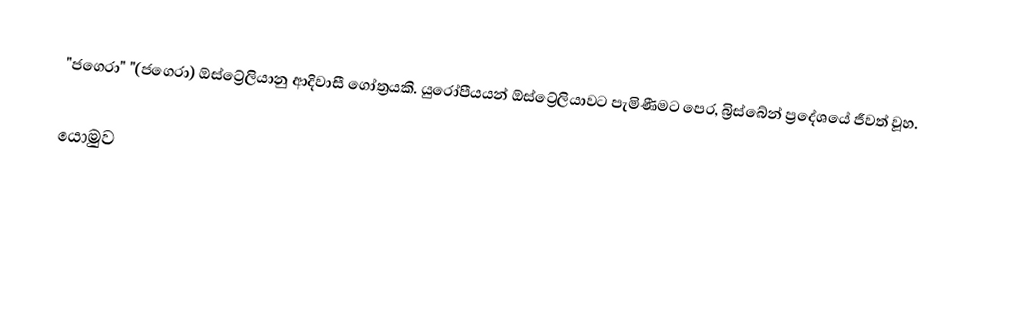
"ජගෙරා" "(ජගෙරා) ඕස්ට්‍රේලියානු ආදිවාසී ගෝත්‍රයකි. යුරෝපීයයන් ඕස්ට්‍රේලියාවට පැමිණීමට පෙර, බ්‍රිස්බේන් ප්‍රදේශයේ ජීවත් වූහ.

යොමුව